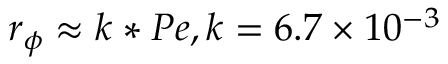
{ r _ { \phi } } \approx k * P e , \mathrm { { } } k = 6 . 7 \times { 1 0 ^ { - 3 } }